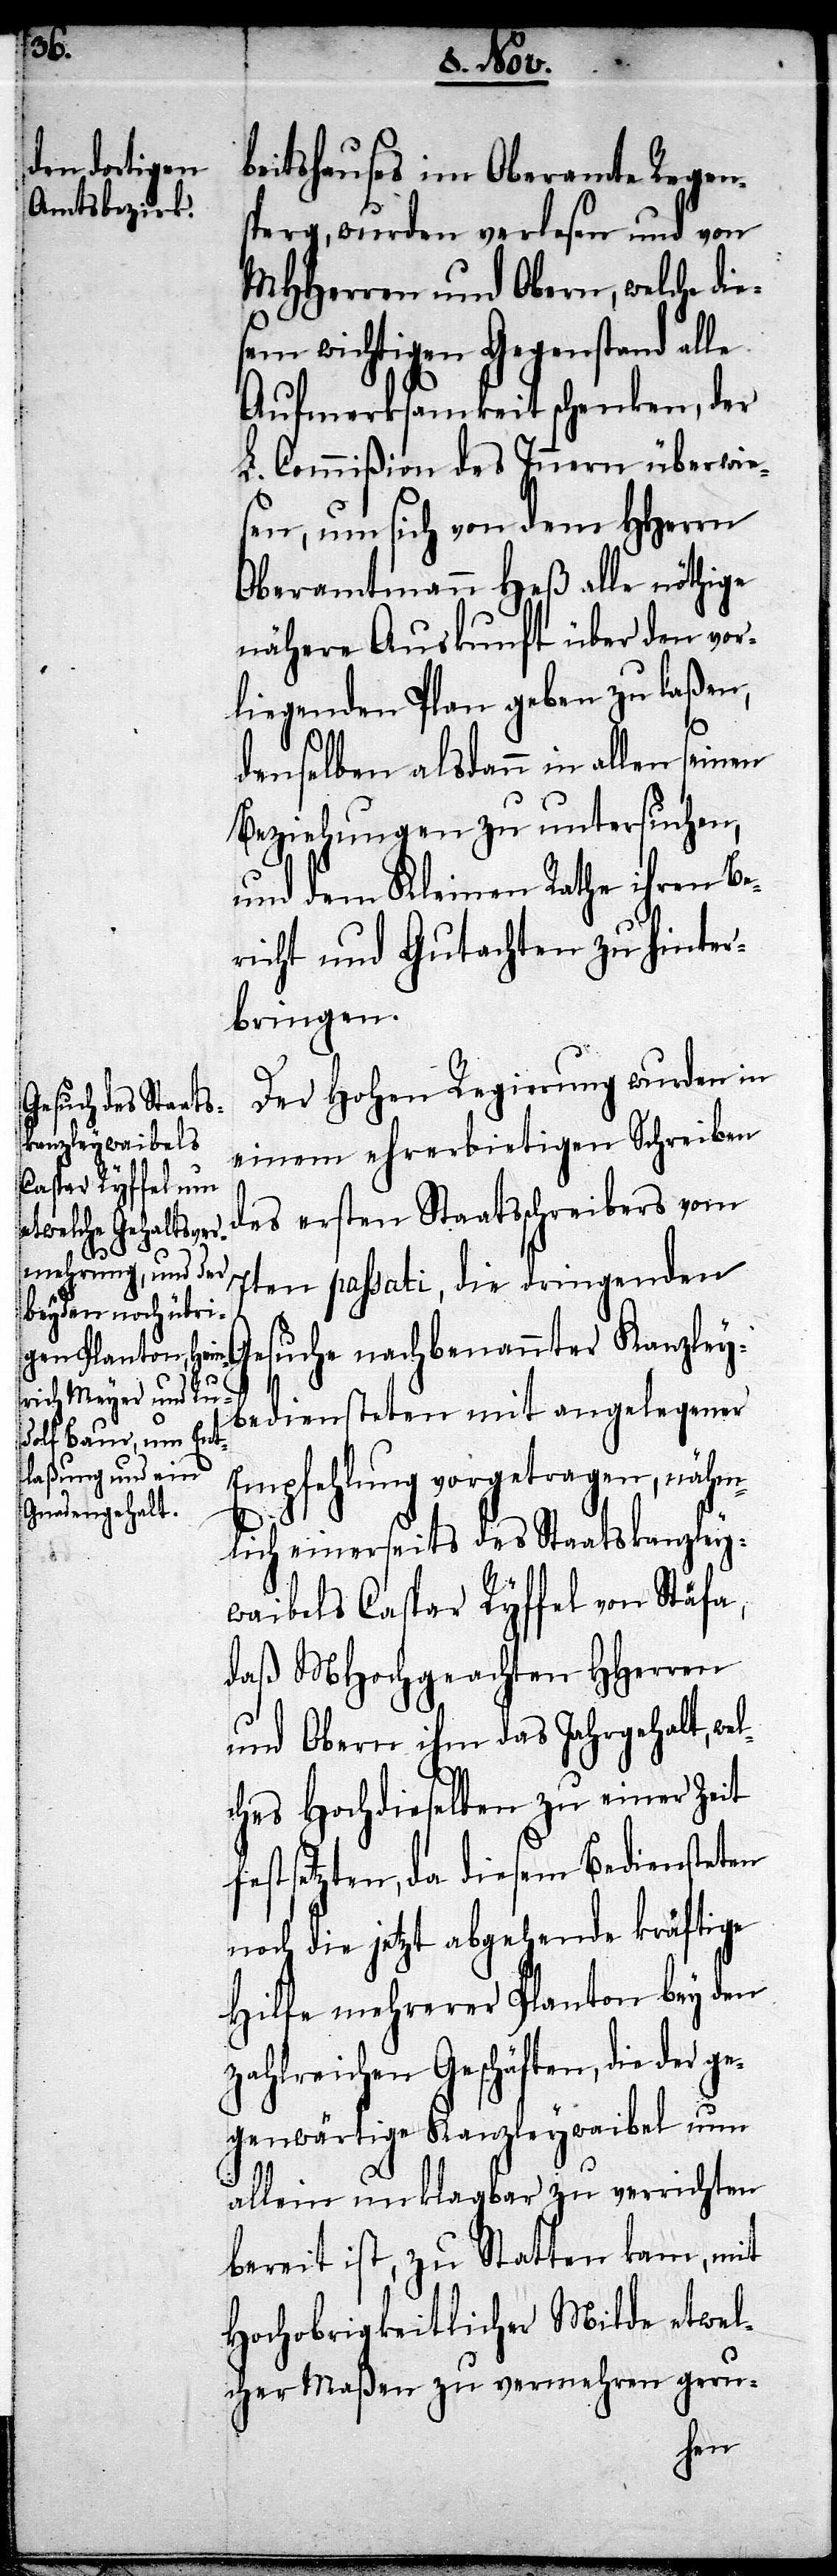
beitshauses im Oberamte Regen¬
sperg, wurden verlesen und von
MHHerren und Obern, welche di¬
esem wichtigen Gegenstand alle
Aufmerksamkeit schenken, der
L. Commißion des Innern überwies¬
en, um sich von dem HHerrn
Oberamtmann Heß alle nöthige
nähere Auskunft über den vor¬
liegenden Plan geben zu laßen,
el¬
denselben alsdann in allen seinen
Beziehungen zu untersuchen,
und dem Kleinen Rathe ihren Be¬
richt und Gutachten zu hinter¬
bringen.
Der Hohen Regierung wurden in
einem ehrerbietigen Schreiben
des ersten Staatsschreibers vom
7ten passati, die dringenden
Gesuche nachbenannter Kanzley¬
bediensteten mit angelegener
Empfehlung vortragen, nähm¬
lich einerseits des Staatskanzley¬
waibels Caspar Ryffel von Stäfa,
daß MHochgeachten HHerren
und Obern ihm das Jahresgehalt, w¬
ches Hochdieselben zu einer Zeit
festsetzten, da diesem Bediensteten
noch die jetzt abgehende kräftige
Hilfe mehrerer Planton bey den
zahlreichen Geschäften, die der
gegenwärtige Kanzleywaibel nun
allein unklagbar zu verrichten
bereit ist, zu Statten kam, mit
Hochobrigkeitlicher Milde etwel¬
cher Maßen zu vermehren geru-